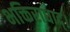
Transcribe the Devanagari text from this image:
भक्तिराधाद्।